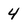
Character: 4